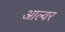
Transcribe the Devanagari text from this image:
आल्वर